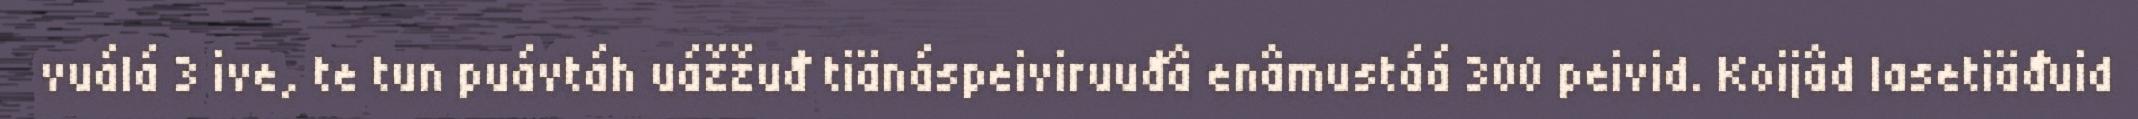
vuálá 3 ive, te tun puávtáh uážžuđ tiänáspeiviruuđâ enâmustáá 300 peivid. Koijâd lasetiäđuid